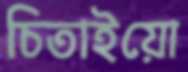
চিতাইয়ো